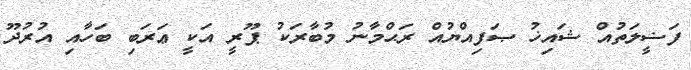
ފަޟީލަތުއް ޝައިޚު ޞަފިއްޔުއް ރަޙްމާނު މުބާރަކު ޕޫރީ އަކީ ޢަރަބި ބަހާއި އުރުދޫ